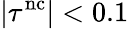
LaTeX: |\tau^{\mathrm{nc}}|<0.1